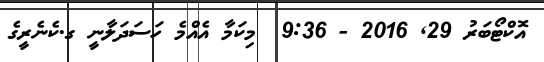
އޮކްޓޯބަރު 29